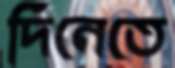
দিনেতে